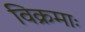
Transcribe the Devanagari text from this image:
विक्रमाः